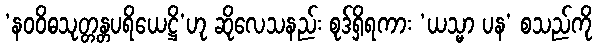
‘နဝဝိဓသုတ္တန္တပရိယေဋ္ဌိ’ဟု ဆိုလေသနည်း စုဒ်ရှိရကား ‘ယသ္မာ ပန’ စသည်ကို